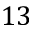
1 3